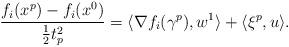
LaTeX: \begin{align*}\dfrac{f_i(x^p)-f_i(x^0)}{\frac12t^2_p}=\langle\nabla f_i(\gamma^p), w^1\rangle+\langle\xi^p, u\rangle.\end{align*}